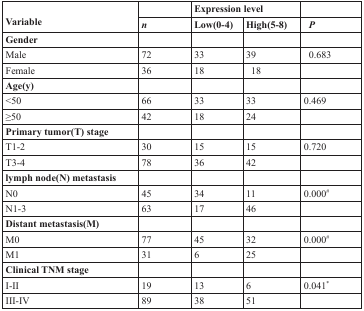
<table><thead><tr><td rowspan="2"><b>Variable</b></td><td></td><td colspan="2"><b>Expression level</b></td><td></td></tr></thead><tbody><tr><td><b><i>n</i></b></td><td><b>Low(0-4)</b></td><td><b>High(5-8)</b></td><td><b><i>P</i></b></td></tr><tr><td><b>Gender</b></td><td></td><td></td><td></td><td></td></tr><tr><td>Male</td><td>72</td><td>33</td><td>39</td><td>0.683</td></tr><tr><td>Female</td><td>36</td><td>18</td><td>18</td><td></td></tr><tr><td><b>Age(y)</b></td><td></td><td></td><td></td><td></td></tr><tr><td>&lt;50</td><td>66</td><td>33</td><td>33</td><td>0.469</td></tr><tr><td>≥50</td><td>42</td><td>18</td><td>24</td><td></td></tr><tr><td><b>Primary tumor(T) stage</b></td><td></td><td></td><td></td><td></td></tr><tr><td>T1-2</td><td>30</td><td>15</td><td>15</td><td>0.720</td></tr><tr><td>T3-4</td><td>78</td><td>36</td><td>42</td><td></td></tr><tr><td><b>lymph node(N) metastasis</b></td><td></td><td></td><td></td><td></td></tr><tr><td>N0</td><td>45</td><td>34</td><td>11</td><td>0.000#</td></tr><tr><td>N1-3</td><td>63</td><td>17</td><td>46</td><td></td></tr><tr><td><b>Distant metastasis(M)</b></td><td></td><td></td><td></td><td></td></tr><tr><td>M0</td><td>77</td><td>45</td><td>32</td><td>0.000#</td></tr><tr><td>M1</td><td>31</td><td>6</td><td>25</td><td></td></tr><tr><td><b>Clinical TNM stage</b></td><td></td><td></td><td></td><td></td></tr><tr><td>I-II</td><td>19</td><td>13</td><td>6</td><td>0.041*</td></tr><tr><td>III-IV</td><td>89</td><td>38</td><td>51</td><td></td></tr></tbody></table>